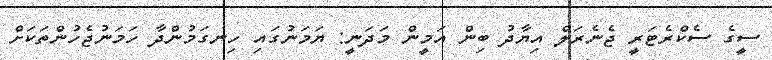
ސީގެ ސެކްރެޓަރީ ޖެނެރަލް އިޔާދު ބިން އަމީން މަދަނީ: ޔަމަނުގައި ހިނގަމުންދާ ހަމަނުޖެހުންތަކަށް